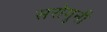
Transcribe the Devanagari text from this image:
सरोगुनी